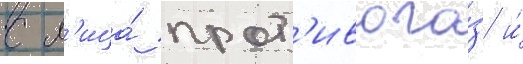
с л'ица́ прот'ивога́з и́